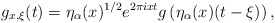
\begin{align*} g_{x,\xi}(t) = \eta_\alpha(x)^{1/2} e^{2\pi i x t}g\left(\eta_\alpha(x) (t-\xi) \right), \end{align*}